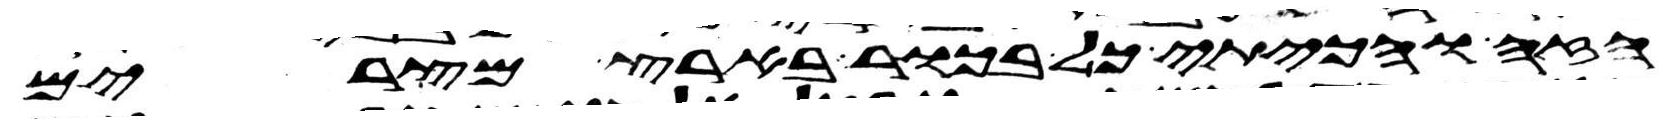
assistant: הזה והכיתי כל בכור בארץ מצרים